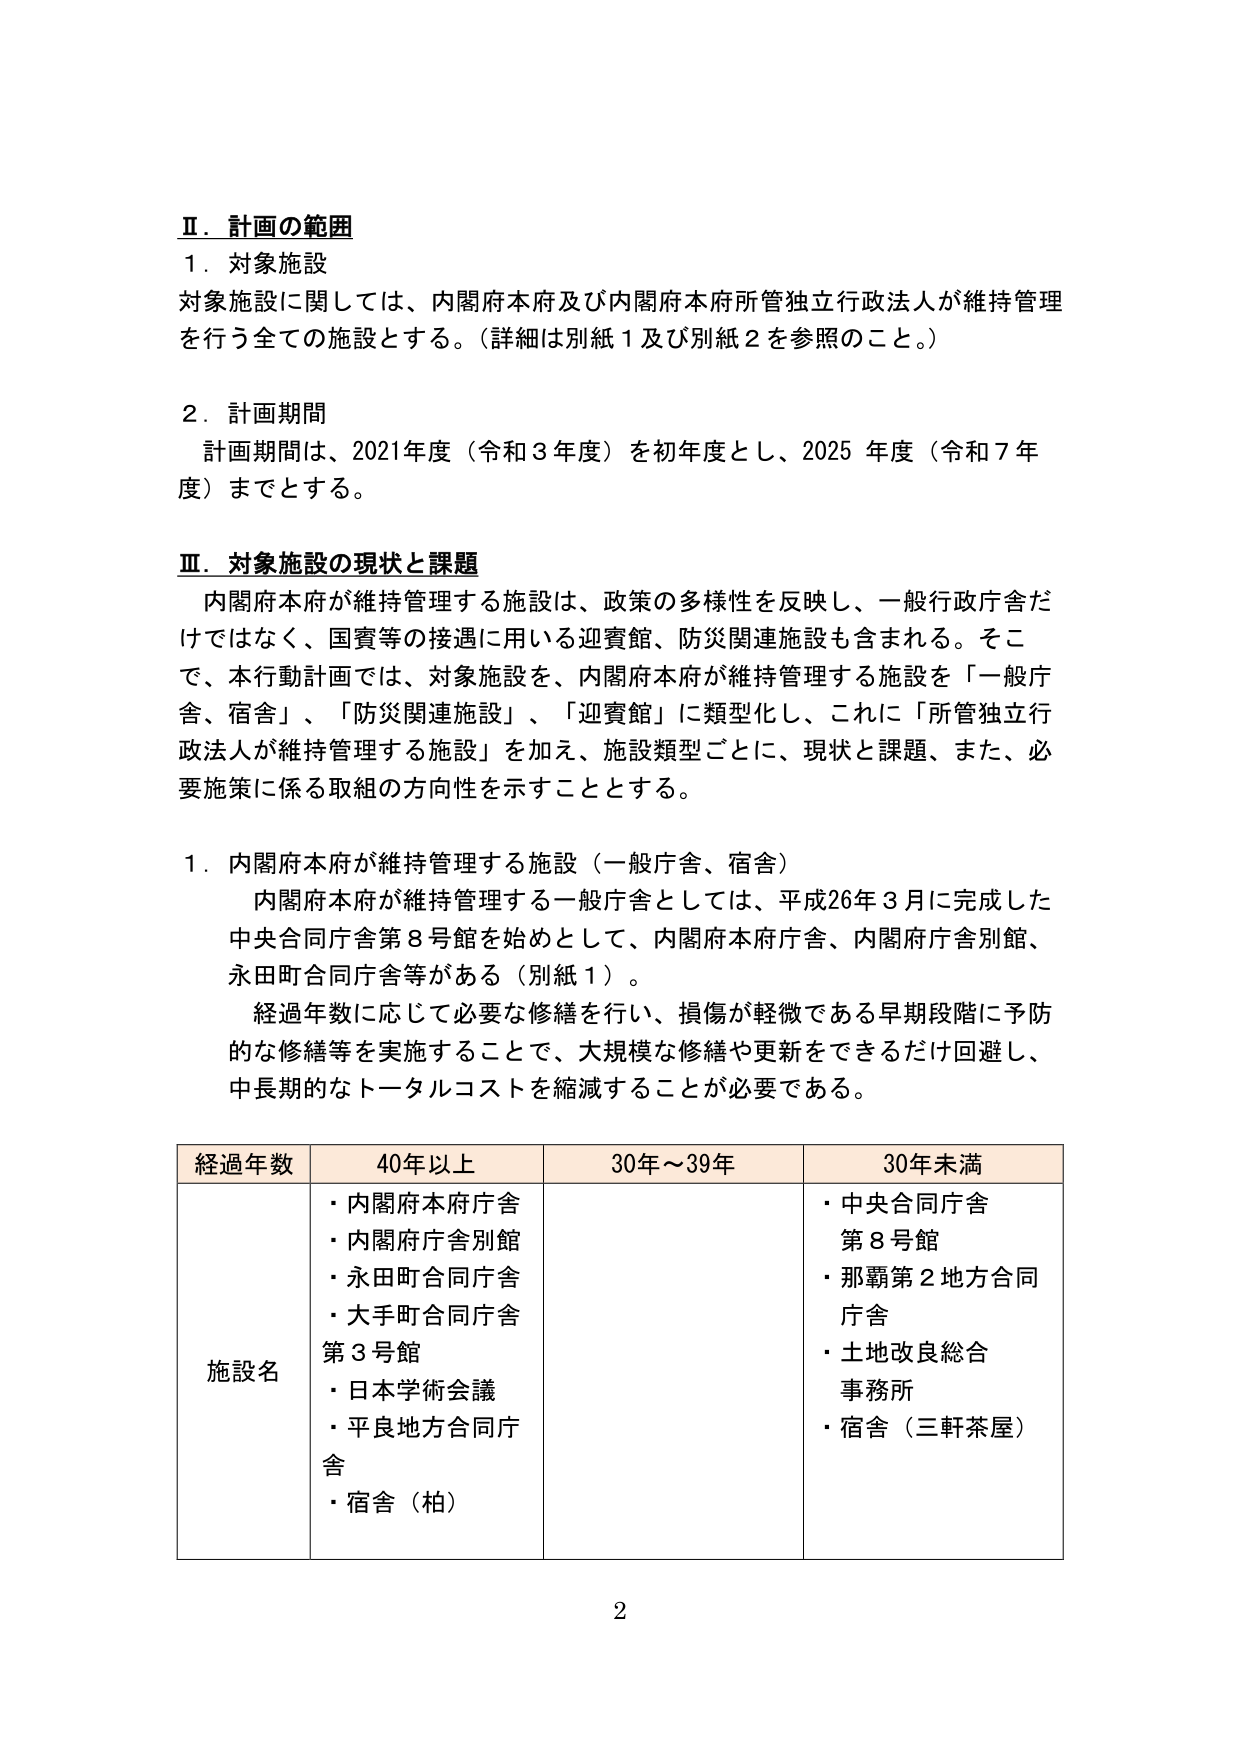
Ⅱ．計画の範囲
１．対象施設
対象施設に関しては、内閣府本府及び内閣府本府所管独立行政法人が維持管理を行う全ての施設とする。（詳細は別紙１及び別紙２を参照のこと。）

２．計画期間
　計画期間は、2021年度（令和３年度）を初年度とし、2025年度（令和７年度）までとする。

Ⅲ．対象施設の現状と課題
　内閣府本府が維持管理する施設は、政策の多様性を反映し、一般行政庁舎だけではなく、国賓等の接遇に用いる迎賓館、防災関連施設も含まれる。そこで、本行動計画では、対象施設を、内閣府本府が維持管理する施設を「一般庁舎、宿舎」、「防災関連施設」、「迎賓館」に類型化し、これに「所管独立行政法人が維持管理する施設」を加え、施設類型ごとに、現状と課題、また、必要施策に係る取組の方向性を示すこととする。

１．内閣府本府が維持管理する施設（一般庁舎、宿舎）
　内閣府本府が維持管理する一般庁舎としては、平成26年３月に完成した中央合同庁舎第８号館を始めとして、内閣府本府庁舎、内閣府庁舎別館、永田町合同庁舎等がある（別紙１）。
　経過年数に応じて必要な修繕を行い、損傷が軽微である早期段階に予防的な修繕等を実施することで、大規模な修繕や更新をできるだけ回避し、中長期的なトータルコストを縮減することが必要である。

経過年数　　40年以上　　　　30年～39年　　　　30年未満
施設名　　　・内閣府本府庁舎　　・中央合同庁舎
　　　　　　・内閣府庁舎別館　　第８号館
　　　　　　・永田町合同庁舎　　・那覇第２地方合同
　　　　　　・大手町合同庁舎　　庁舎
　　　　　　第３号館　　　　　・土地改良総合
　　　　　　・日本学術会議　　　事務所
　　　　　　・平良地方合同庁　　・宿舎（三軒茶屋）
　　　　　　舎
　　　　　　・宿舎（柏）

2